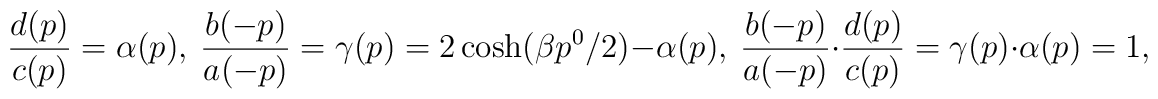
\frac{d(p)}{c(p)}=\alpha(p), \ \frac{b(-p)}{a(-p)}=\gamma(p)=2\cosh(\beta p^0/2)-\alpha(p), \ \frac{b(-p)}{a(-p)}\cdot \frac{d(p)}{c(p)}=\gamma(p)\cdot \alpha(p)=1,